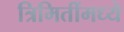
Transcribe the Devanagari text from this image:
त्रिमितींमध्ये